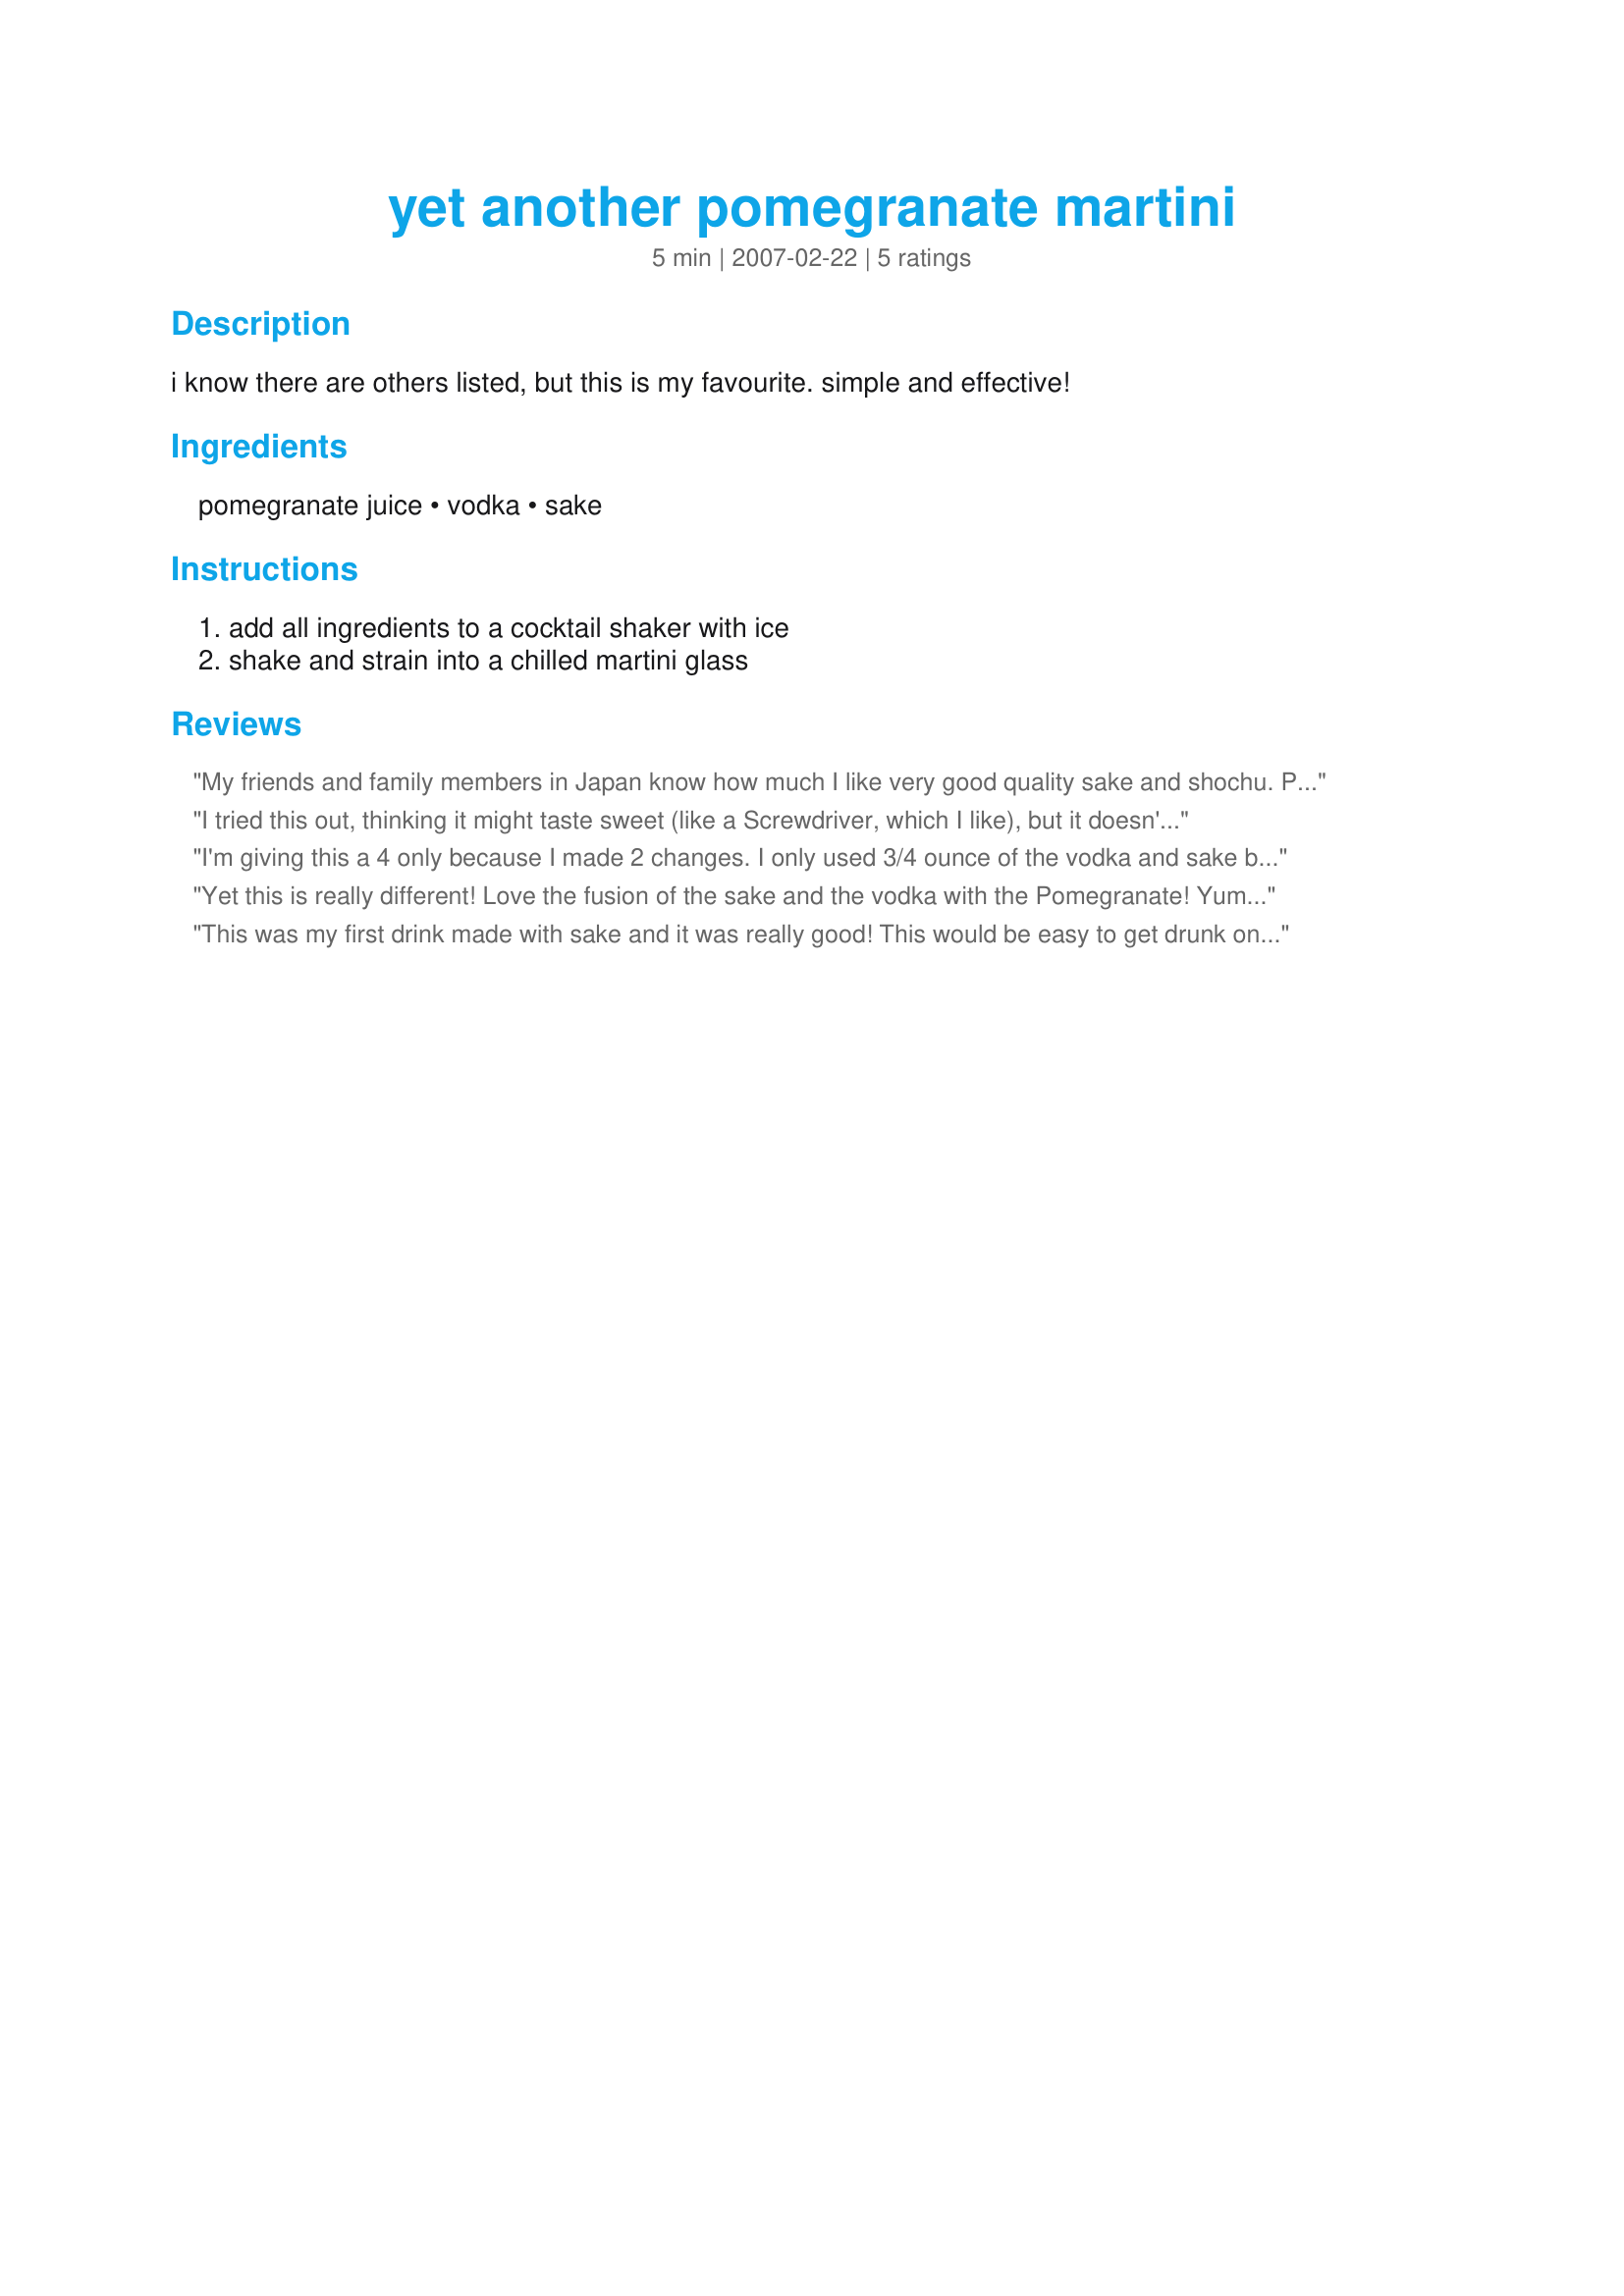
yet another pomegranate martini
Preparation time: 5 minutes

i know there are others listed, but this is my favourite. simple and effective!

Ingredients:
pomegranate juice, vodka, sake

Steps:
add all ingredients to a cocktail shaker with ice, shake and strain into a chilled martini glass

Reviews:
My friends and family members in Japan know how much I like very good quality sake and shochu. People in US know I like wine and microbrews. What they don't know except my husband, is I like cocktails just as much when it's done right with good ingredients. I'm very picky about my sake and love sake tasting just as much as wine tasting. Hard to find good quality sake in the US though and when I do, I am grateful. I used Kurosawa gingo junmai Kimoto from Kurosawa Brewing Company http://www.kurosawa.biz/eng.htm and this is a first time I used sake in cocktail - I usually drink my sake straight, always chilled when good quality. I LOVED this drink - not too sweet (normally, I don't like sweet) and not too strong (great for my husband and some friends). It is something I will be making often Amanda. Thank you so much for sharing your beverage recipes with us - hoping to trying one by one.
I tried this out, thinking it might taste sweet (like a Screwdriver, which I like), but it doesn't. I'm not a martini drinker, so I'm not going to give it a bad rating just because I don't like it. :) But, I'm going to recommend to others who might want to try this out, use a higher quality sake. I have 2 kinds of sake at my house: really cheap that I use for cooking and slightly less cheap that tastes okay when warm, but like rocket fuel out of the bottle. Consequently this drink tasted like rocket fuel for me!
I'm giving this a 4 only because I made 2 changes. I only used 3/4 ounce of the vodka and sake because of CraftScouts review and I don't like too strong of drinks. But when I make this again I'll use 1 ounce each and see if I can handle the full 1 1/2 ounce each at a later date. I made this for *ZWT4* 2008 game for the *Family Pick Round* I'm on the team *Tastebud Tickling Travellers *
Yet this is really different! Love the fusion of the sake and the vodka with the Pomegranate! Yummy! Great part of a Greek Picnic menu#18601! *Made for ZWT 4* *Made for ZWT4*
This was my first drink made with sake and it was really good! This would be easy to get drunk on because it doesn't taste strong. It tasted a little like wine but I liked this and I don't like wine. My husband LOVED this and wanted a second one! Made for the Beverage tag game.
